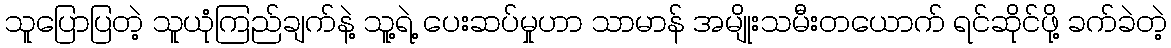
သူပြောပြတဲ့ သူယုံကြည်ချက်နဲ့ သူ့ရဲ့ ပေးဆပ်မှုဟာ သာမာန် အမျိုးသမီးတယောက် ရင်ဆိုင်ဖို့ ခက်ခဲတဲ့